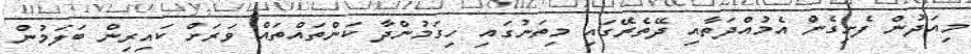
މިއަދުން ފެށިގެން އެމުއްދަތާއި ދޭތެރޭގައި މިތަނުގައި ހިގަމުންދާ ކަންތައްތައް ވަރަށް ކައިރިން ބަލަމުން